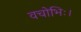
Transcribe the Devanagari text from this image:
वचोभिः।